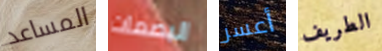
المساعد البصمات أعسر الطريف